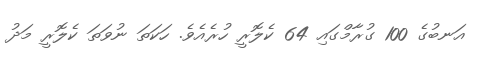
އަނބުގެ 100 ގުރާމްގައި 64 ކެލޮރީ ހުރެއެވެ. ހަކަތަ ނުވަތަ ކެލޮރީ މަދު